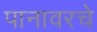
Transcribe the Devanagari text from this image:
पानावरचे